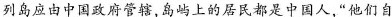
列岛应由中国政府管辖，岛屿上的居民都是中国人，”他们自